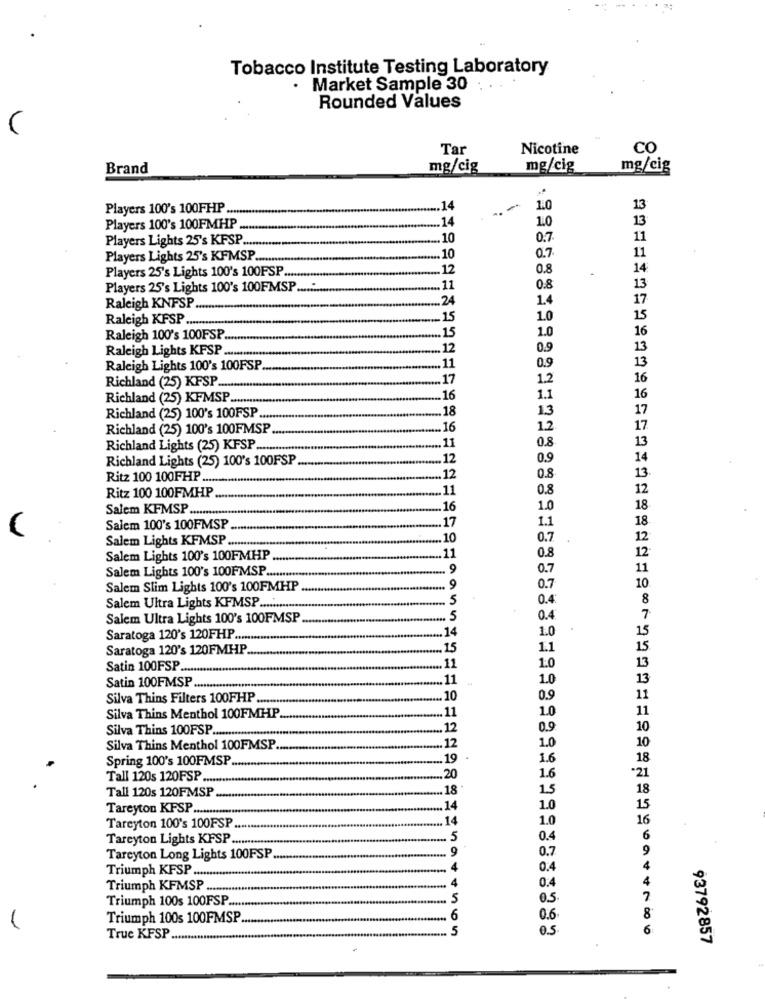
Tobacco Institute Testing Laboratory
· Market Sample 30
Rounded Values
Tar
Nicotine
co
Brand
mg/cig
mg/cig
mg/cig
Players 100's 100FHP.
.14
1.0
13
14
Players 100's 100FMHP
1.0
Players Lights 25's KFSP ......
10
0.7
11
11
Players Lights 25's KFMSP ..........
.10
0.7.
Players 25's Lights 100's 100FSP ...
12
0.8
14
Players 25's Lights 100's 100FMSP
.11
0.8
13
24
1.4
17
Raleigh KNFSP
Raleigh KFSP .
.15
1.0
15
15
1.0
16
Raleigh 100's 100FSP.
Raleigh Lights KFSP ..
12
0.9
13
0.9
13
Raleigh Lights 100's 100FSP
.11
.17
12
16
Richland (25) KFSP ...
16
Richland (25) KFMSP ...
16
1.1
18
13
Richland (25) 100's 100FSP ....
Richland (25) 100's 100FMSP.
.16
1.2.
0.8
13
Richland Lights (25) KFSP.
.11
Richland Lights (25) 100's 100FSP
12
0.9
14
13.
Ritz 100 100FHP .....
12
0.8
Ritz 100 100FMHP
11
0.8
12
Salem KFMSP.
16
1.0
18
1.1
18
Salem 100's 100FMSP
17
Salem Lights KFMSP
10
0.7
12
0.8
12
Salem Lights 100's 100FMHP
11
Salem Lights 100's 100FMSP .....
.. 9
0.7
11
Salem Slim Lights 100's 100FMHP
.9
0.7
10.
.. 5
0.4
8
Salem Ultra Lights KFMSP ...........
Salem Ultra Lights 100's 100FMSP
.5
0.4
7
14
1.0
15
Saratoga 120's 120FHP ......
Saratoga 120's 120FMHP
15
1.1
15
Satin 100FSP ......
11
1.0
13
11
1.0
13
Satin 100FMSP ...
Silva Thins Filters 100FHP .......
10
0.9
11
11
1.0
11
Silva Thins Menthol 100FMHP
Silva Thins 100FSP ...
.12
0.9
10
10
Silva Thins Menthol 100FMSP.
.12
1.0
Spring 100's 100FMSP
19
1.6
18
Tall 120s 120FSP .......
20
1.6
*21
18
1.5
18
Tall 120s 120FMSP
Tareyton KFSP .....
14
1.0
15
14
1.0
16
Tarcyton 100's 100FSP
Tareyton Lights KFSP ........
.5
0.4
6
0.7
Tareyton Long Lights 100FSP
.9
0.4
Triumph KFSP ...........
Triumph KFMSP
0.4
Triumph 100s 100FSP .....
5
Triumph 100s 100FMSP
6
0.6.
1
5
0.5
6
True KFSP
93792857